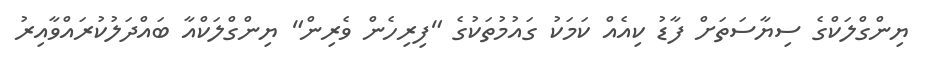
ޔިންގްލަކްގެ ސިޔާސަތަށް ފާޑު ކިއެއް ކަމަކު ގައުމުތަކުގެ "ފިރިހެން ވެރިން" ޔިންގްލަކްއާ ބައްދަލުކުރައްވާއިރު